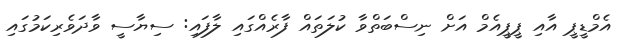
އެމްޑީޕީ އާއި ޕީޕީއެމް އަށް ނިސްބަތްވާ ކުލަތައް ފާރެއްގައި ލާފައި: ސިޔާސީ ވާދަވެރިކަމުގައި